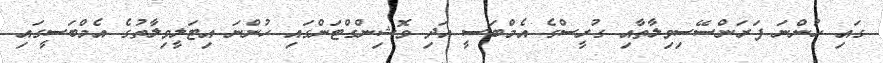
ގައި ހުންނަ ފަރަންސޭސިވިލާތާއި ގުރީސްގެ އެމްބަސީ އަދި ވޮޝިންގްޓަންގައި ހުންނަ އިޓަލީވިލާތުގެ އެމްބަސީގައި